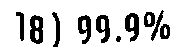
18) 99.9%